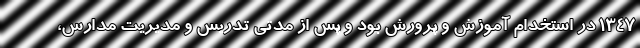
۱۳۴۷ در استخدام آموزش و پرورش بود و پس از مدتی تدریس و مدیریت مدارس،